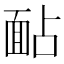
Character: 䩇